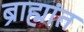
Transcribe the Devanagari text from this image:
ब्राह्मांत